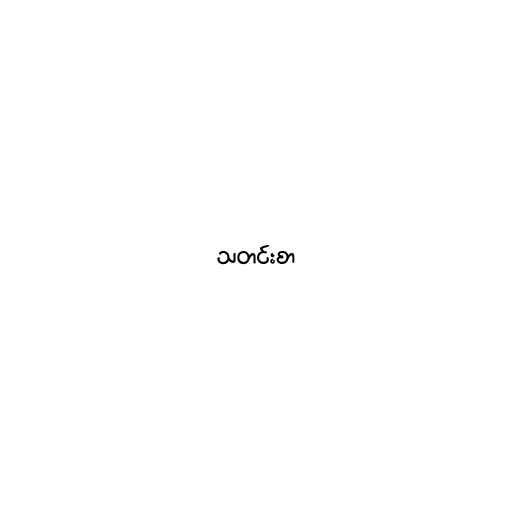
သတင်းစာ